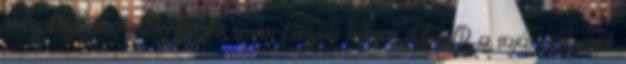
sztároknyonozóriporterTrutyko simán könyvet írhatott volna I.D. a saját viccesnek